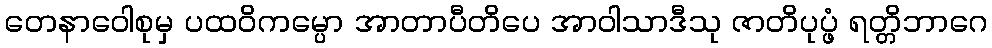
တေနာဝေါစုမှ ပထဝိကမ္ပော အာတာပီတိပေ အာဝါသာဒီသု ဇာတိပုပ္ဖံ ရတ္တိဘာဂေ